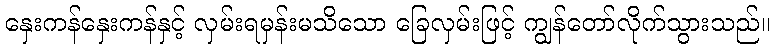
နှေးကန်နှေးကန်နှင့် လှမ်းရမှန်းမသိသော ခြေလှမ်းဖြင့် ကျွန်တော်လိုက်သွားသည်။